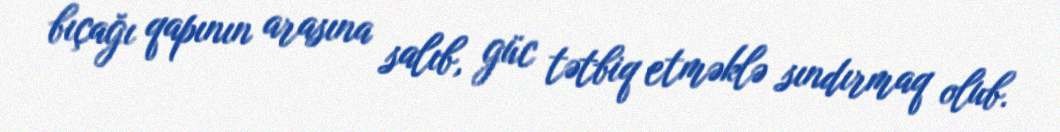
bıçağı qapının arasına salıb, güc tətbiq etməklə sındırmaq olub.